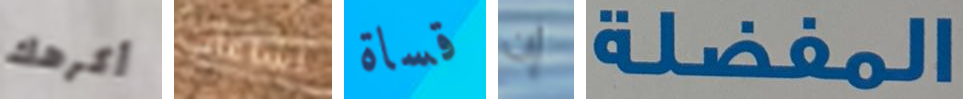
أكرهك اشاعات قساة إن المفضلة